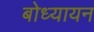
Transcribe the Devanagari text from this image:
बोध्यायन